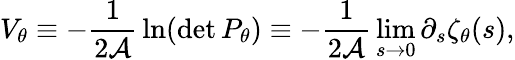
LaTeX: V_{\theta}\equiv-{\frac{1}{2{\cal A}}}\ln(\operatorname*{det}P_{\theta})\equiv-{\frac{1}{2{\cal A}}}\operatorname*{lim}_{s\to 0}\partial_{s}\zeta_{\theta}(s),